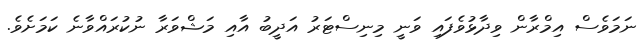
ނަމަވެސް އިމްރާން ވިދާޅުވެފައި ވަނީ މިނިސްޓަރު އަދީބު އާއި މަޝްވަރާ ނުކުރައްވާނެ ކަމަށެވެ.